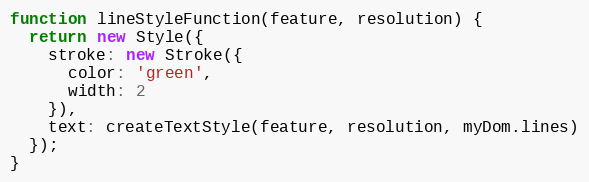
Language: JavaScript
function lineStyleFunction(feature, resolution) {
  return new Style({
    stroke: new Stroke({
      color: 'green',
      width: 2
    }),
    text: createTextStyle(feature, resolution, myDom.lines)
  });
}